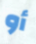
أو